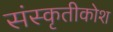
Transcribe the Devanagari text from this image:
संस्कृतीकोश